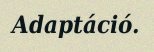
Adaptáció.